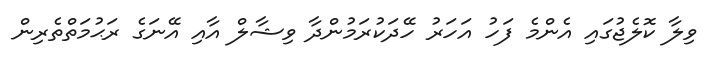
ވިލާ ކޮލެޖުގައި އެންމެ ފަހު އަހަރު ހޭދަކުރަމުންދާ ވިޝާލް އާއި އޭނަގެ ރަޙުމަތްތެރިން